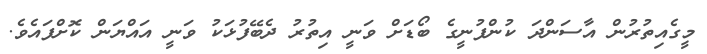
މީގެއިތުރުން އާސަންދަ ކުންފުނީގެ ބޯޑަށް ވަނީ އިތުރު ދެބޭފުޅަކު ވަނީ އައްޔަން ކޮށްފައެވެ.